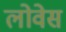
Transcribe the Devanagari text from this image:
लोवेस